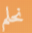
نحلم